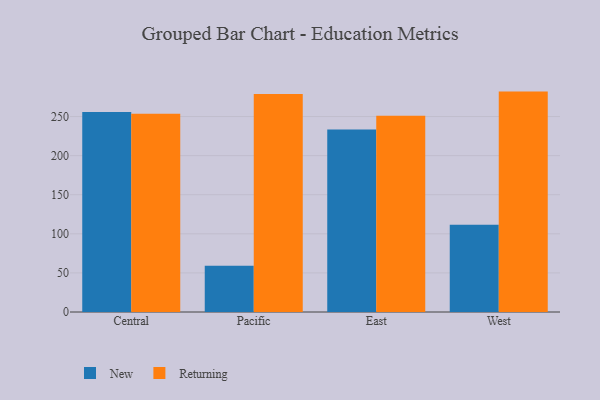
{"axis": {"x": "Region", "y": "Inventory Turnover"}, "legend": ["New", "Returning"], "data": [{"x": "Central", "y": 255.9, "type": "New"}, {"x": "Central", "y": 253.7, "type": "Returning"}, {"x": "Pacific", "y": 59.0, "type": "New"}, {"x": "Pacific", "y": 278.9, "type": "Returning"}, {"x": "East", "y": 233.3, "type": "New"}, {"x": "East", "y": 250.9, "type": "Returning"}, {"x": "West", "y": 111.7, "type": "New"}, {"x": "West", "y": 281.9, "type": "Returning"}]}